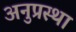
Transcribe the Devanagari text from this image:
अनुप्रस्था